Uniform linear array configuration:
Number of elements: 16
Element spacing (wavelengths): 1
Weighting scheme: binomial
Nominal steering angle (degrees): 0
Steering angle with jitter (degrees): -1.195
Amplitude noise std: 0.05
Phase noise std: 0.05

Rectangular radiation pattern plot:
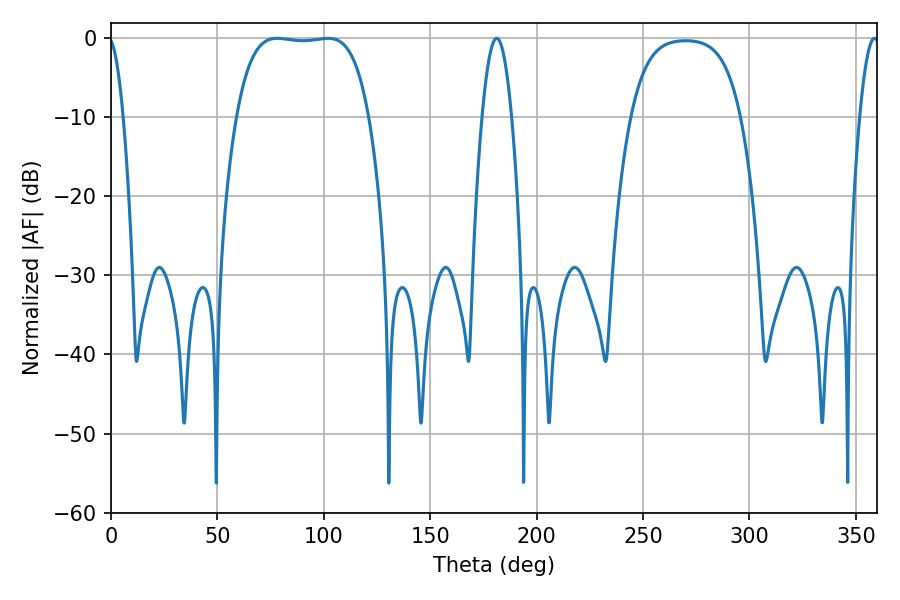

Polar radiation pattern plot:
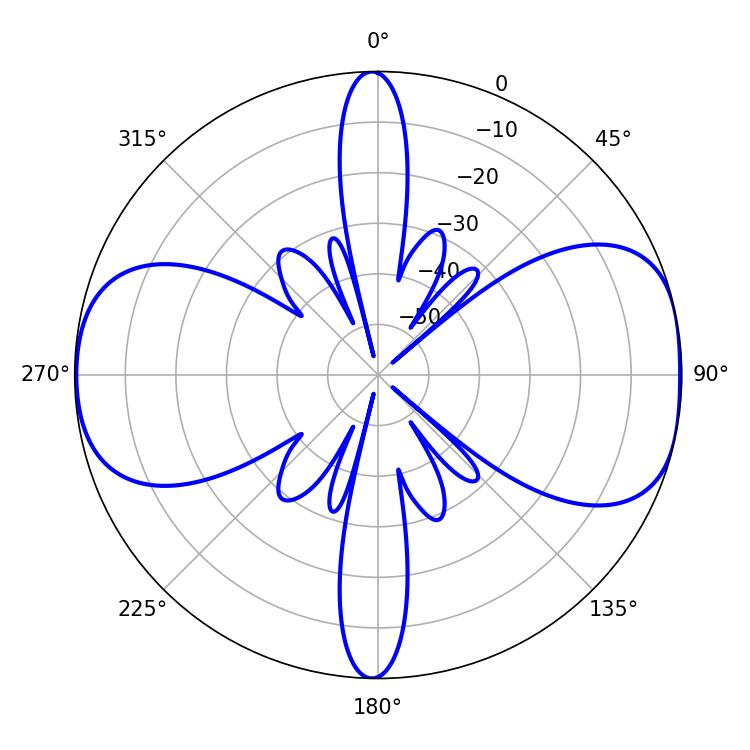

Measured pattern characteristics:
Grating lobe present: TRUE
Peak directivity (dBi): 9.261
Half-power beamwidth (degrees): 48.6
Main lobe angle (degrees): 78.12